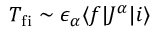
T _ { \mathrm { f i } } \sim \epsilon _ { \alpha } \langle f | J ^ { \alpha } | i \rangle